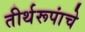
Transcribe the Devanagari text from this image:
तीर्थरूपांचे